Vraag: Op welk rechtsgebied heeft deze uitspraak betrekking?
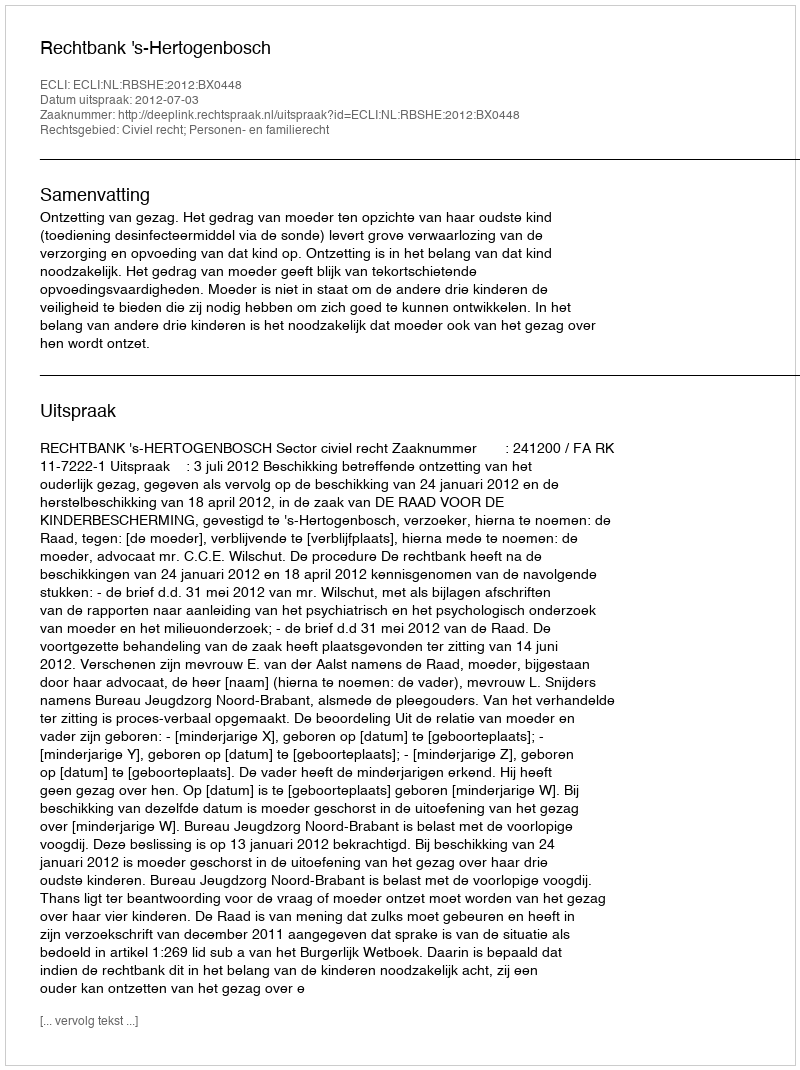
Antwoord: Civiel recht; Personen- en familierecht